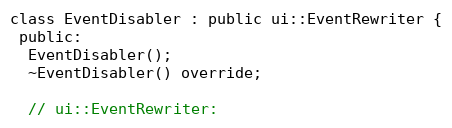
Language: C
class EventDisabler : public ui::EventRewriter {
 public:
  EventDisabler();
  ~EventDisabler() override;

  // ui::EventRewriter: